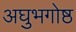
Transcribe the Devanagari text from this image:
अघुभगोष्ठ